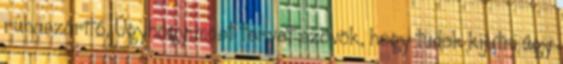
ruhaszárító, Úgyhogy most tervet szövök, hogy tudok kijutni úgy